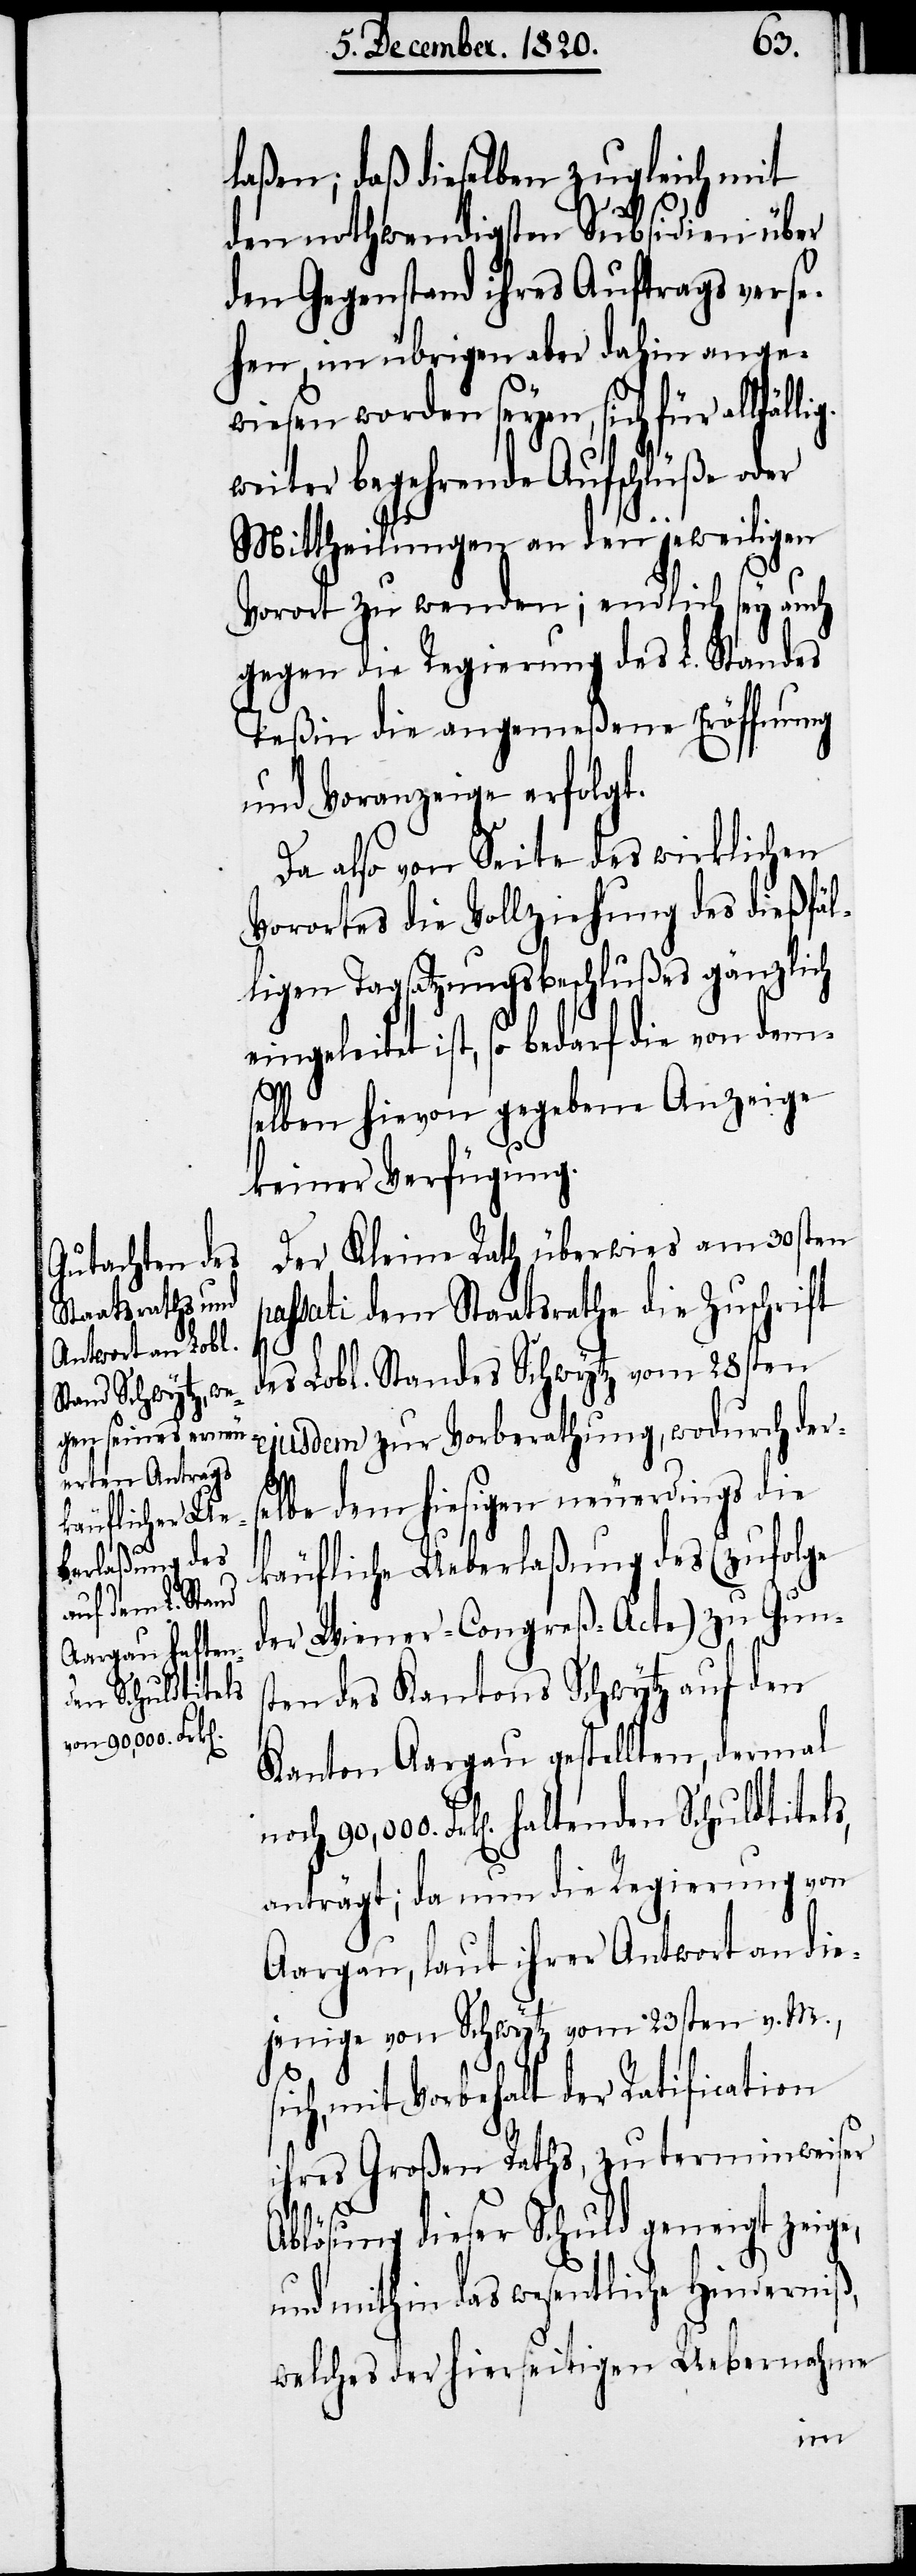
laßen; daß dieselben zugleich mit
den nothwendigsten Subsidien über
den Gegenstand ihres Auftrags verse¬
hen, im übrigen aber dahin ange¬
wiesen worden seyen, sich für allf¬
weiter begehrende Aufschlüße oder
Mittheilungen an den jeweiligen
Vorort zu wenden; endlich sey auch
gegen die Regierung des L. Standes
Teßin die angemeßene Eröffnung
und Voranzeige erfolgt.
Da also von Seite des wirklichen
Vorortes die Vollziehung des dießfäl¬
ligen Tagsatzungsbeschlußes gänzlich
geleitet ist, so bedarf die von dem¬
selben hievon gegebene Anzeige
keiner Verfügung.
Der Kleine Rath überwies am 30sten
passati dem Staatsrathe die Zuschrift
des Lobl. Standes Schwytz vom 28sten
ejusdem zur Vorberathung, wodurch ders¬
elbe dem hiesigen neuerdings die
käufliche Ueberlaßung des (zufolge
der Wiener-Congreß-Acte) zu Gun¬
sten des Kantons Schwytz auf den
Kanton Aargau gestellten, dermal
Frk[en]. haltenden Schuldtitels,
anträgt; da nun die Regierung von
Aargau, laut ihrer Antwort an die¬
jenige von Schwytz vom 23sten v. M.,
sich, mit Vorbehalt der Ratification
ihres Großen Raths, zu terminweiser
Ablösung dieser Schuld geneigt zeig¬
und mithin das wesentliche Hinderniß,
welches der hierseitigen Uebernahme
e,